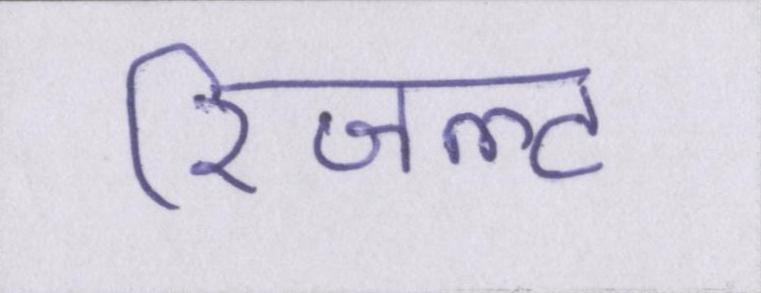
रिजल्ट